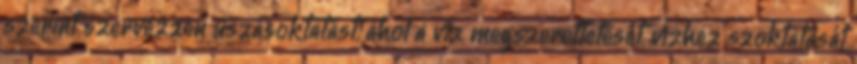
szerint szervezzen úszásoktatást, ahol a víz megszerettetését, vízhez szoktatását